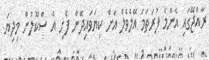
ރާއްޖޭގައި އެންމެ ފުރަތަމަ އޭލެވެލް އަށް ކިޔަވައިދޭން ފެށި އެ ސްކޫލުން މިދިޔަ